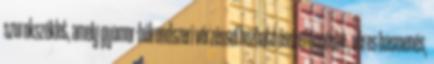
szurokszéklet, amely gyomor-bélrendszeri vérzéssel hozható összefüggésbe , véres hasmenés,